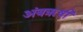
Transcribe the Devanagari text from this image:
अंबॠषी